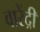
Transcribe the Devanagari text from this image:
वारेंद्री